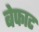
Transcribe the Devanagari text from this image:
बेफाट